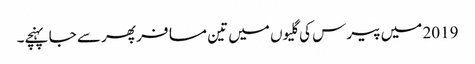
2019 میں پیرس کی گلیوں میں تین مسافر پھر سے جا پہنچے۔